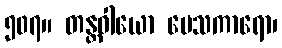
၅၀၇။ တန္တဝါယော ပေသကာရော၊